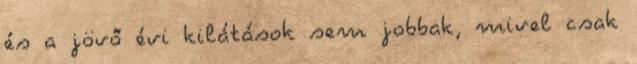
és a jövő évi kilátások sem jobbak, mivel csak